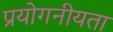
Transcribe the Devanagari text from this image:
प्रयोगनीयता